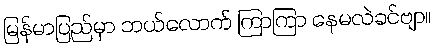
မြန်မာပြည်မှာ ဘယ်လောက် ကြာကြာ နေမလဲခင်ဗျာ။